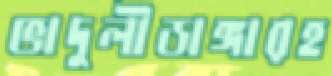
ভাদুলীডাঙ্গারহ